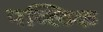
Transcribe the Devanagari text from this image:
पव्लिक